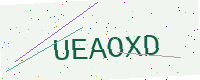
Text: UEAOXD